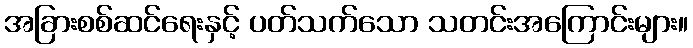
အခြားစစ်ဆင်ရေးနှင့် ပတ်သက်သော သတင်းအကြောင်းများ။